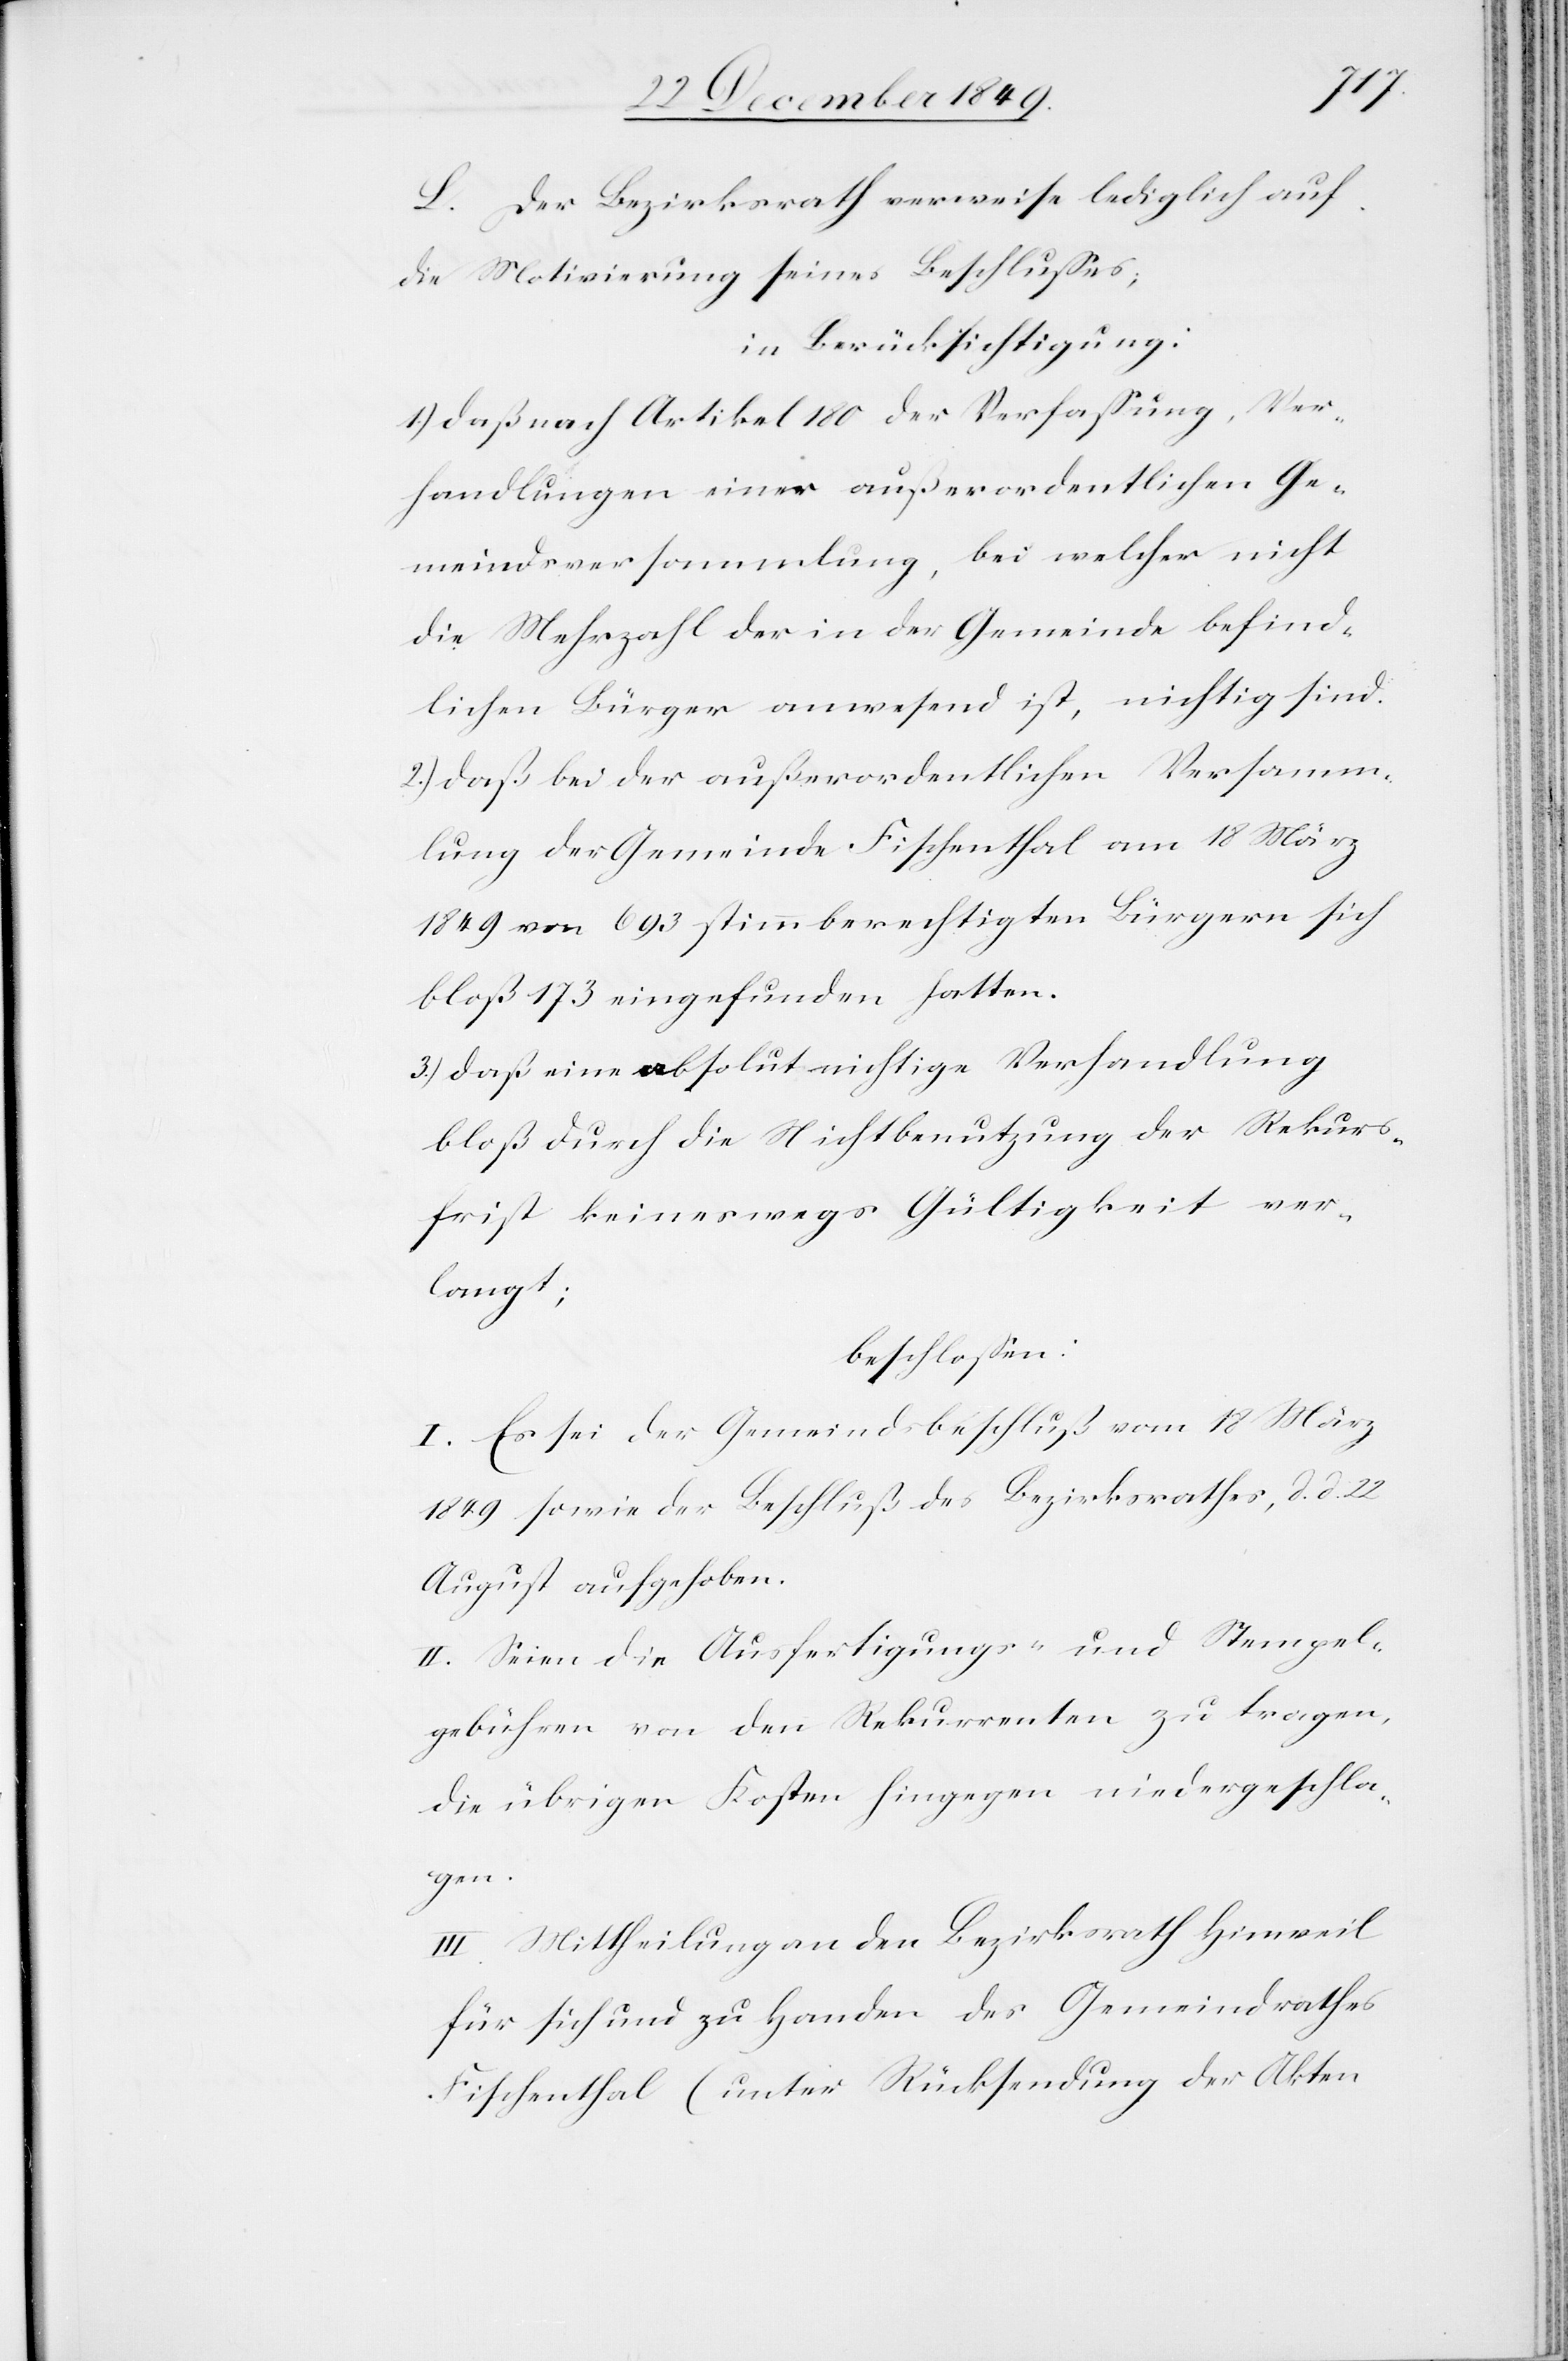
L. Der Bezirksrath verweise lediglich auf
die Motivirung seines Beschlußes;
in Berücksichtigung:
1.) daß nach Artikel 180 der Verfaßung, Ver¬
handlungen einer außerordentlichen Ge¬
meindsversammlung, bei welcher nicht
die Mehrzahl der in der Gemeinde befind¬
lichen Bürger anwesend ist, nichtig sind.
2.) daß bei der außerordentlichen Versamm¬
lung der Gemeinde Fischenthal am 18 März
1849 von 693 stimmberechtigten Bürgern sich
bloß 173 eingefunden hatten.
3.) daß eine absolut nichtige Verhandlung
bloß durch die Nichtbenutzung der Rekurs¬
frist keineswegs Gültigkeit ver¬
langt;
beschloßen:
I. Es sei der Gemeindsbeschluß vom 18 März
1849 sowie der Beschluß des Bezirksrathes, d. d. 22
August aufgehoben.
II. Seien die Ausfertigungs- und Stempel¬
gebühren von den Rekurrenten zu tragen,
die übrigen Kosten hingegen niedergeschla¬
gen.
III. Mittheilung an den Bezirksrath Hinweil
für sich und zu Handen des Gemeindrathes
Fischenthal (unter Rücksendung der Akten[)]